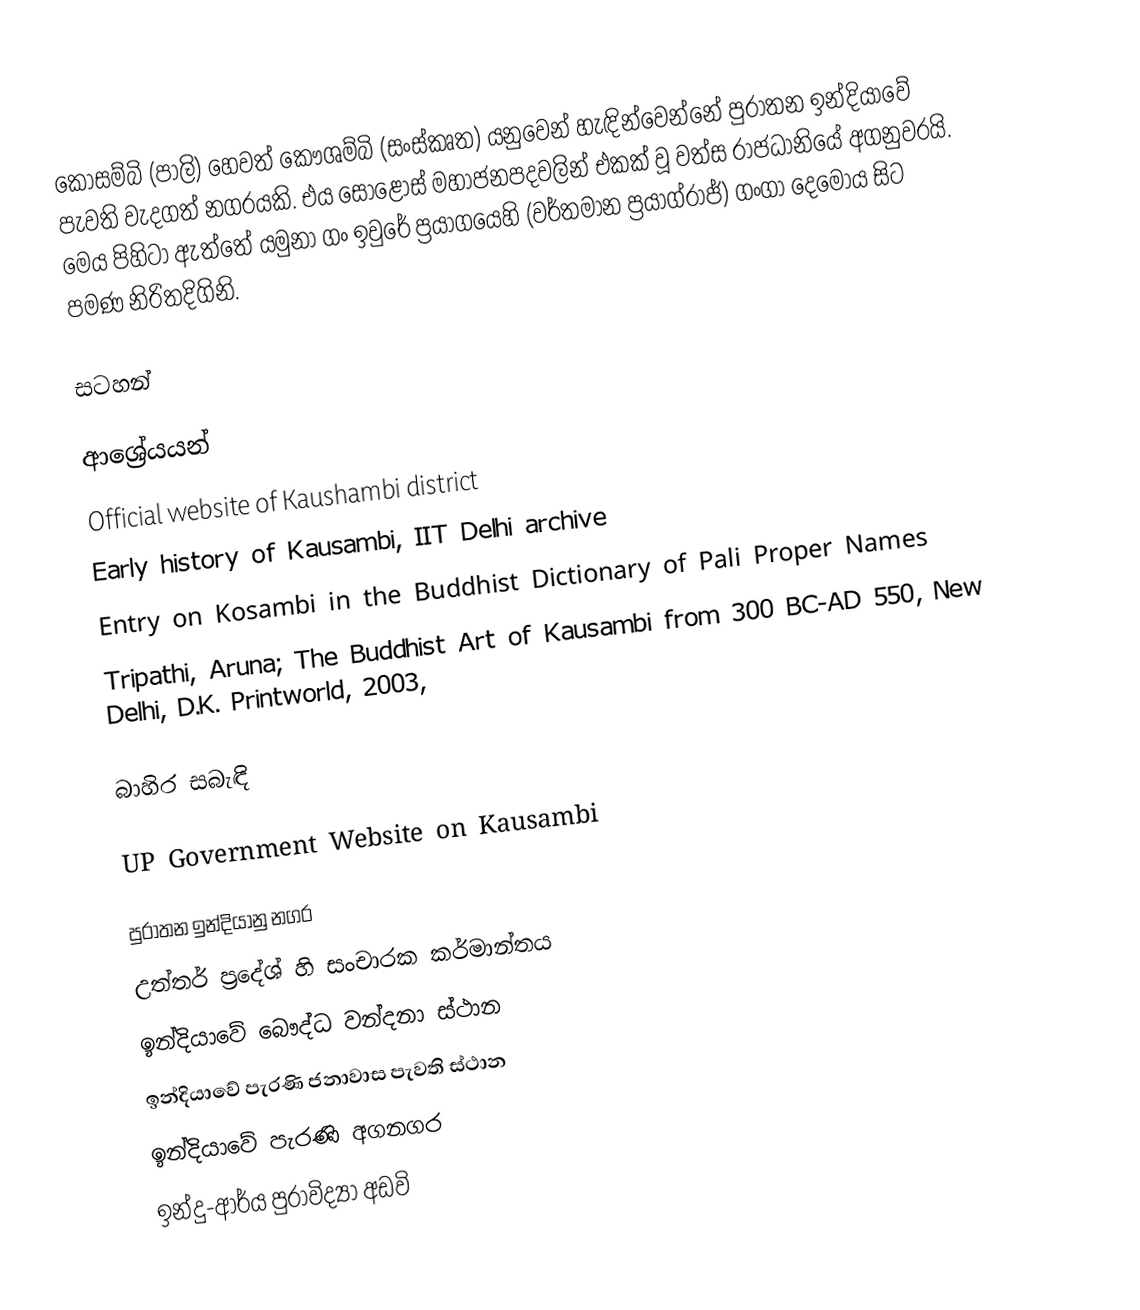
කෝසම්බි (පාලි) හෙවත් කෞශම්බි (සංස්කෘත) යනුවෙන් හැඳින්වෙන්නේ පුරාතන ඉන්දියාවේ පැවති වැදගත් නගරයකි. එය සොළොස් මහාජනපදවලින් එකක් වූ වත්ස රාජධානියේ අගනුවරයි. මෙය පිහිටා ඇත්තේ යමුනා ගං ඉවුරේ ප්‍රයාගයෙහි (වර්තමාන ප්‍රයාග්රාජ්) ගංගා දෙමෝය සිට  පමණ නිරිතදිගිනි.

සටහන්

ආශ්‍රේයයන්
 Official website of Kaushambi district
 Early history of Kausambi, IIT Delhi archive
 Entry on Kosambi in the Buddhist Dictionary of Pali Proper Names
 Tripathi, Aruna; The Buddhist Art of Kausambi from 300 BC-AD 550, New Delhi, D.K. Printworld, 2003,

බාහිර සබැඳි

UP Government Website on Kausambi

පුරාතන ඉන්දියානු නගර
උත්තර් ප්‍රදේශ් හි සංචාරක කර්මාන්තය
ඉන්දියාවේ බෞද්ධ වන්දනා ස්ථාන
ඉන්දියාවේ පැරණි ජනාවාස පැවති ස්ථාන
ඉන්දියාවේ පැරණි අගනගර
ඉන්දු-ආර්ය පුරාවිද්‍යා අඩවි